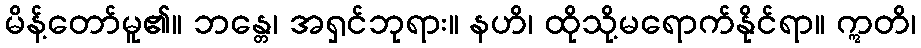
မိန့်တော်မူ၏။ ဘန္တေ၊ အရှင်ဘုရား။ နဟိ၊ ထိုသို့မရောက်နိုင်ရာ။ ဣတိ၊